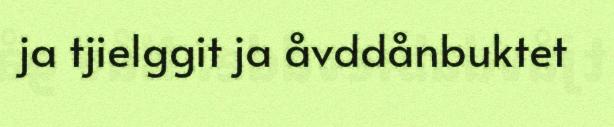
ja tjielggit ja åvddånbuktet